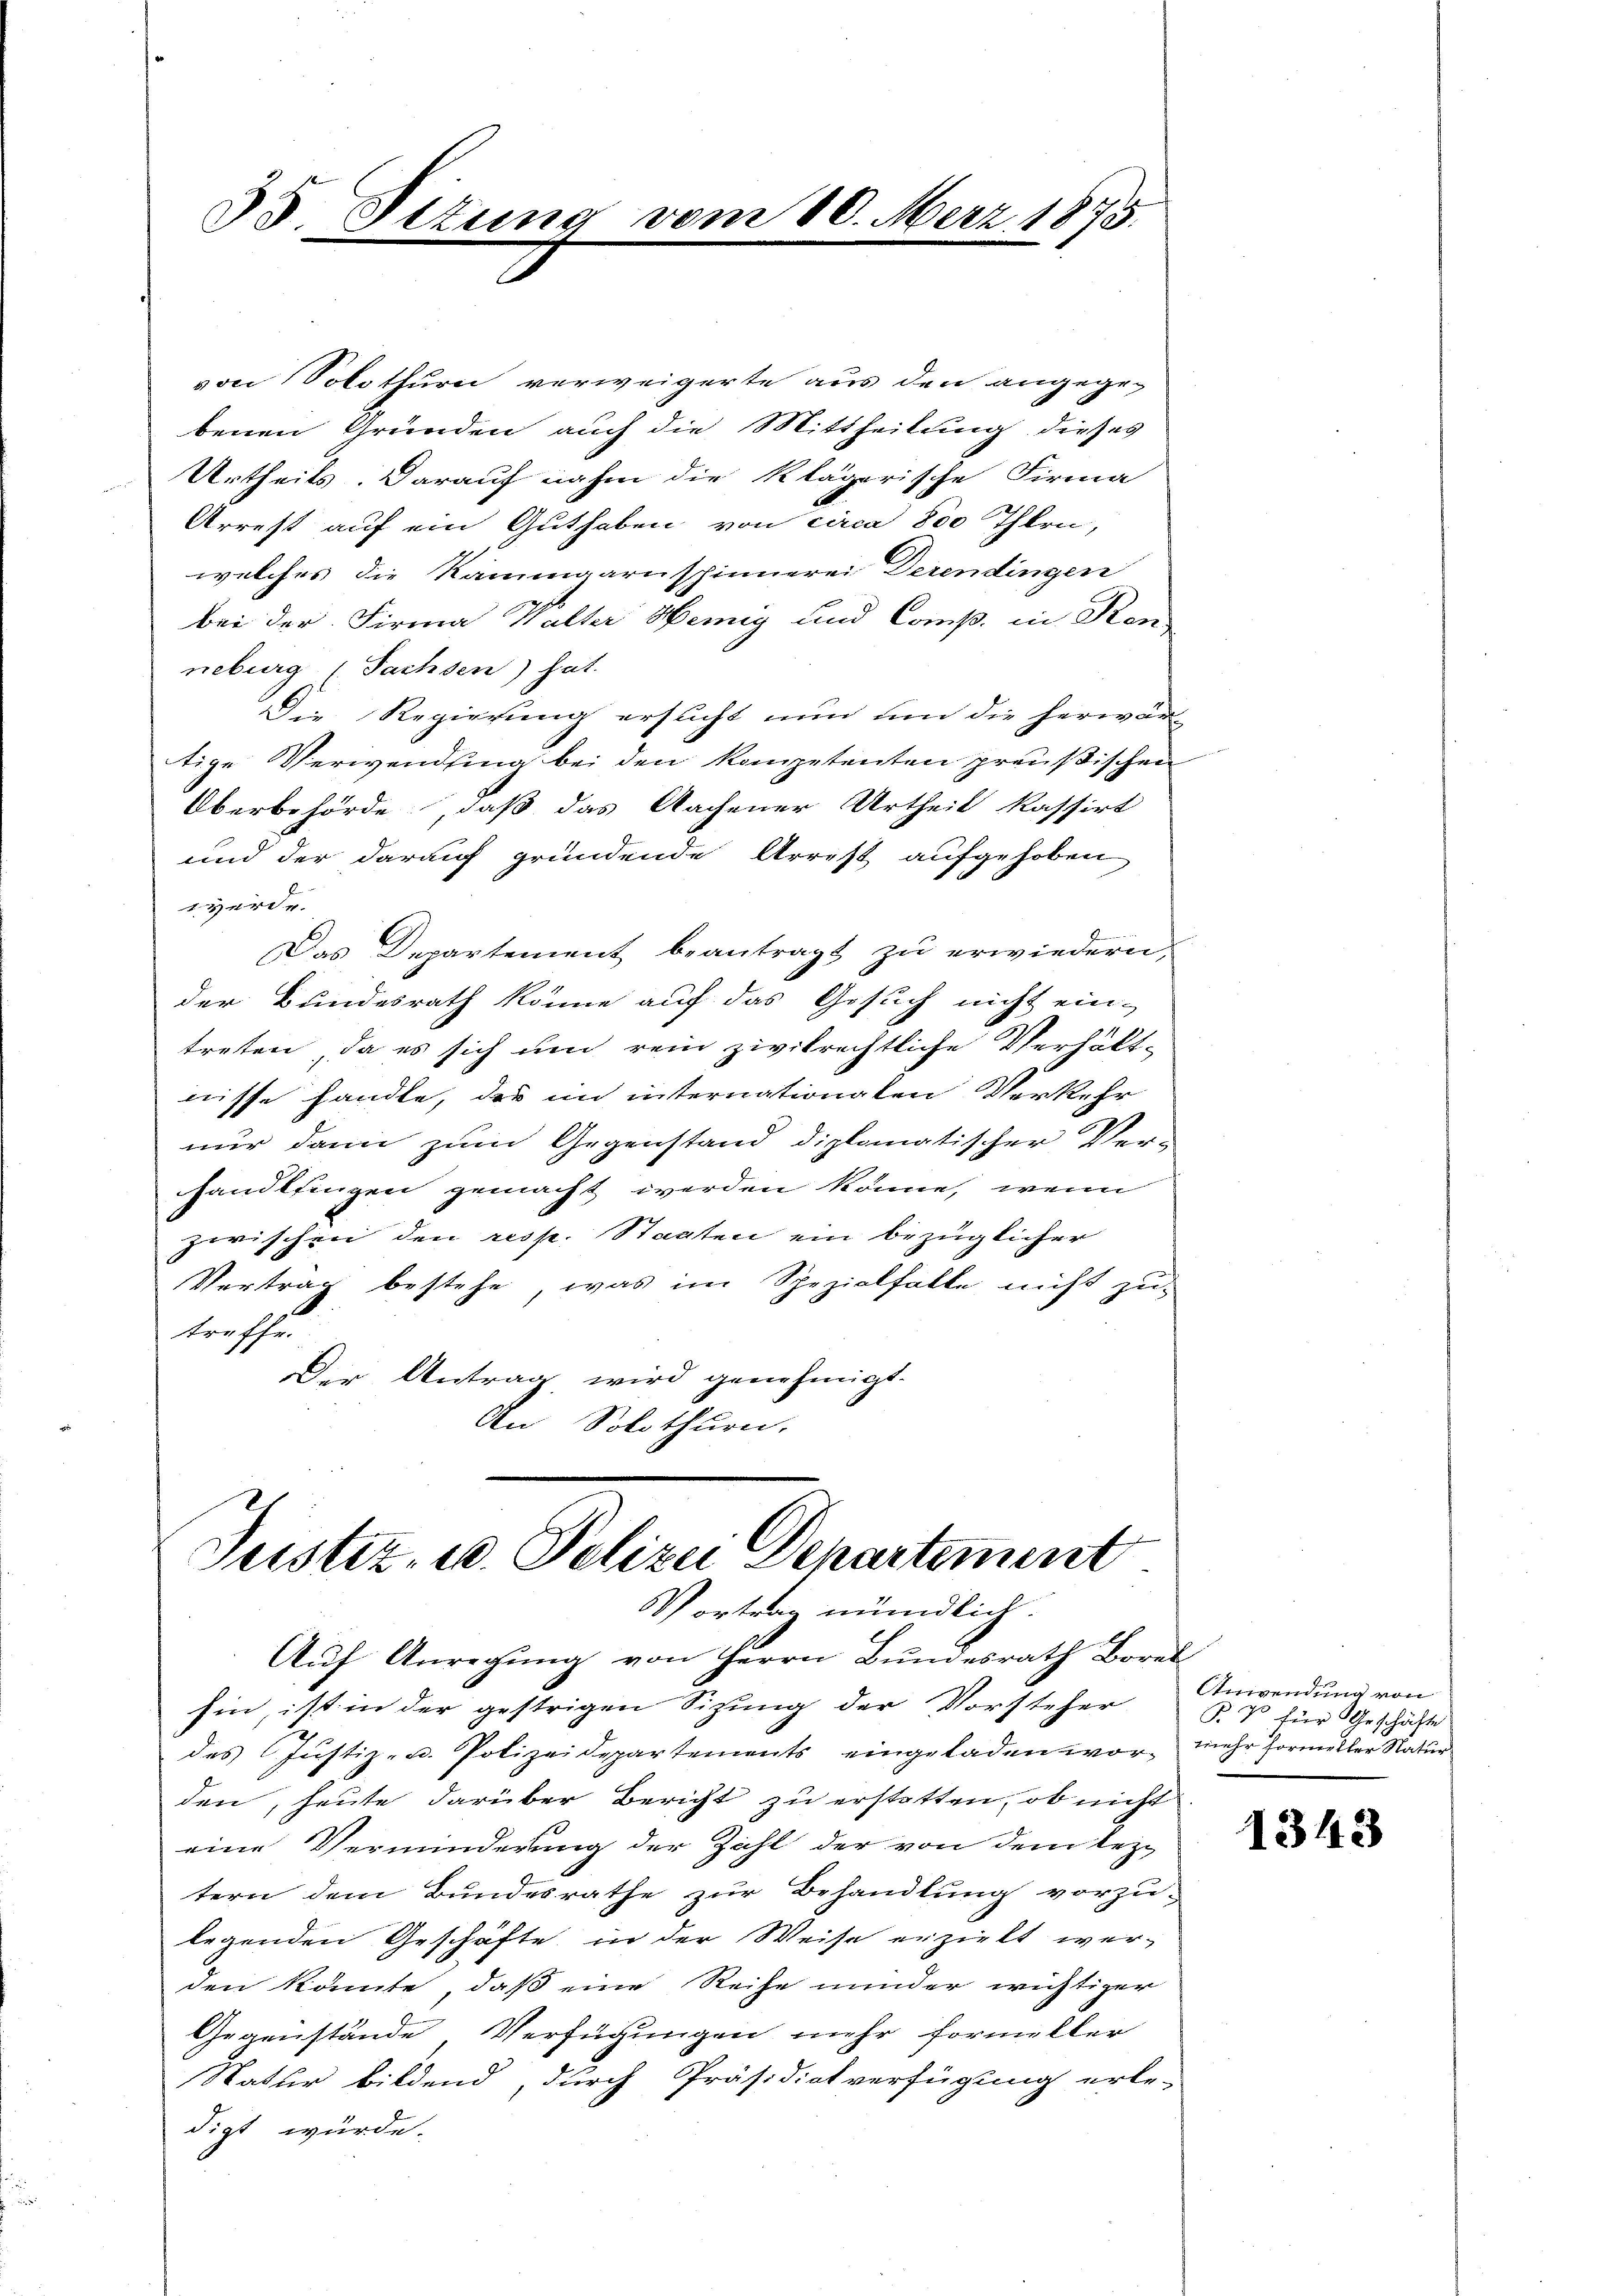
35 Sttung vom 10. Merz 1875.

Justiz- u. Polizei Departement
Vortrag mündlich.

Aŭf Anregŭng von Herrn Bŭndesrath Borel
hin, ist in der gestrigen Sitzung der Vorsteher
des Jŭstiz- u. Polizeidepartements eingeladen war, mehr formeller Natŭr
den, heute darüber Bericht zu erstatten, ob nicht
eine Verminderung der Zahl der von dem leztern dem Bundesrathe zur Behandlung vorzu-
legenden Geschäfte in der Weise erzielt wer-
den könnte, daß eine Reihe minder wichtiger
Gegenstände Verfügungen mehr formeller
Natur bildend, durch Präsidiatverfügung erle-
digt würde.

von Solothurn verweigerte aus den angegebenen Gründen auch die Mittheilung dieses
Urtheils. Darauf nahm die klägerische Firma
Arrest auf ein Guthaben von circa 800 Thlrn,
welches die Kammgarnspinnerei Derendingen
bei der Firma Walter Wenig und Comp. in Kan
neburg (Sachsen) hat.
Die Regierung ersucht nun um die herwär-
tige Verwendung bei den kompetenten preußischen
Oberbehörde, daß das Aachener Urtheil kassirt
und der darauf gründende Arrest aufgehoben
werde.
Das Departement beantragt zu erwiedern,
der Bundesrath könne auf das Gesuch nicht ein-
treten, da es sich um rein zivilrechtliche Verhält-
nisse handle, das im internationalen Verkehr
nur dann zum Gegenstand diplomatischer Ver-
handlfingen gemacht werden könne, wenn
zwischen den resp. Staaten ein bezüglicher
Vertrag bestehe, was im Spezialfalle nicht zu
treffe.
Der Antrag wird genehmigt.
An Solothurn.

Anwendung von
B. V für Geschäfte

1343